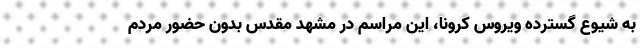
به شیوع گسترده ویروس کرونا، این مراسم در مشهد مقدس بدون حضور مردم